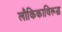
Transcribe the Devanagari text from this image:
लौकिकाविरूद्ध